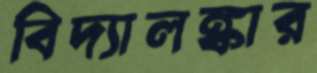
বিদ্যালঙ্কার